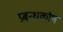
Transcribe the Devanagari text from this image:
प्रबन्धकोष